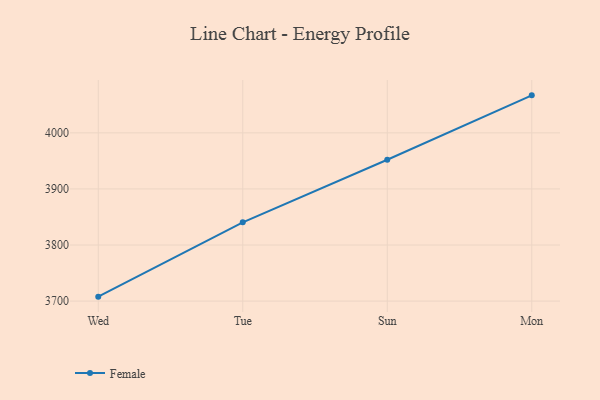
{"axis": {"x": "Day", "y": "Revenue (USD Million)"}, "legend": ["Female"], "data": [{"x": "Wed", "y": 3707.9, "type": "Female"}, {"x": "Tue", "y": 3840.4, "type": "Female"}, {"x": "Sun", "y": 3952.1, "type": "Female"}, {"x": "Mon", "y": 4066.9, "type": "Female"}]}